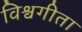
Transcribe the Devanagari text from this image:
विश्वगीता